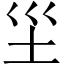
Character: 𱖉